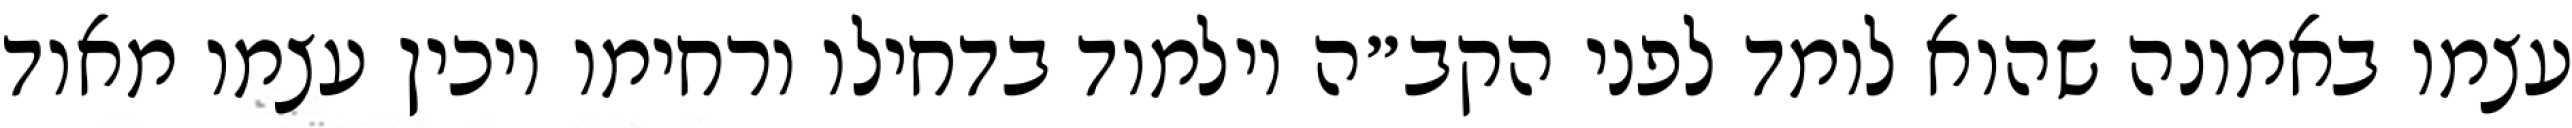
עצמו באמונה שהוא לומד לפני הקב״ה וילמוד בדחילו ורחימו ויכין עצמו מאוד